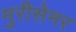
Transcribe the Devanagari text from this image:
मुरीसेमर